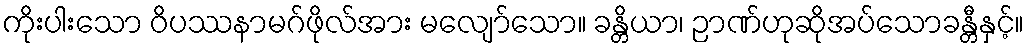
ကိုးပါးသော ဝိပဿနာမဂ်ဖိုလ်အား မလျော်သော။ ခန္တိယာ၊ ဉာဏ်ဟုဆိုအပ်သောခန္တီနှင့်။